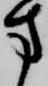
方